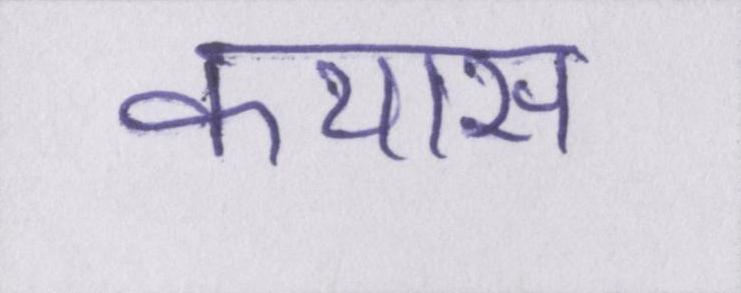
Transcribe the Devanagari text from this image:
कयास